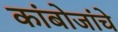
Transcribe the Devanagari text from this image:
कांबोजांचे